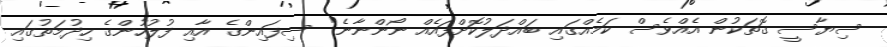
ސިޔާސީ ގޮތަކުން އެއްވެސް ކަމެއްގައި ބައްދަލުކޮށްފައެއް ނޯންނާނެ" ސިފައިންގެ އާއި ފުލުހުންގެ ހިދުމަތުގައި